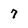
Character: 7